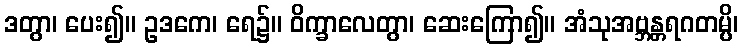
ဒတွာ၊ ပေး၍။ ဥဒကေ၊ ရေ၌။ ဝိက္ခာလေတွာ၊ ဆေးကြော၍။ အံသုအဗ္ဘန္တရဂတမ္ပိ၊